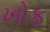
ખોફ